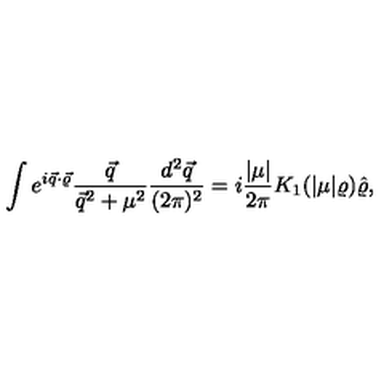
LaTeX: \int e ^ { i \vec { q } \cdot \vec { \varrho } } \frac { \vec { q } } { \vec { q } ^ { 2 } + \mu ^ { 2 } } \frac { d ^ { 2 } \vec { q } } { ( 2 \pi ) ^ { 2 } } = i \frac { | \mu | } { 2 \pi } K _ { 1 } ( | \mu | \varrho ) \hat { \varrho } ,